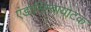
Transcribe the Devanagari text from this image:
एंडोसिम्बायोटक